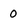
Character: 0